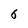
Character: 6